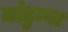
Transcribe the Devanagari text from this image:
मांटुम्बा